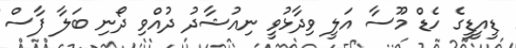
ޑީއީޑީގެ ހެޑް މޫސާ އަލީ ވިދާޅުވީ ނިއުޝާދު ދުއްވި ދޯނި ބަލާ ފާސް